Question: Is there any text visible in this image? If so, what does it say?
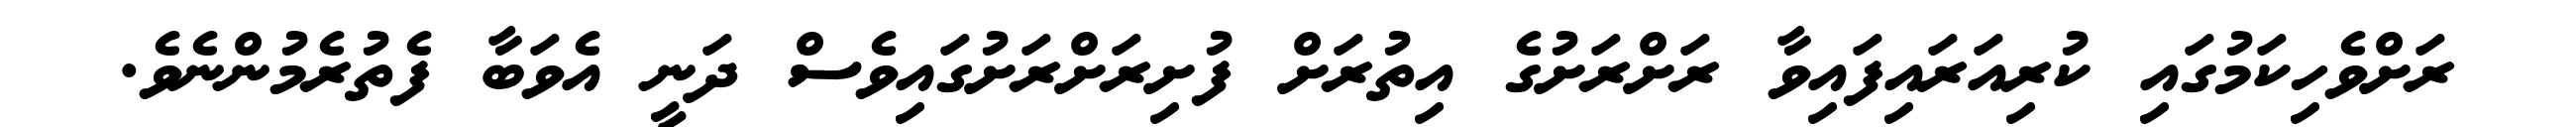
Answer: ރަށްވެހިކަމުގައި ކުރިއަރައިފައިވާ ރަށްރަށުގެ އިތުރަށް ފުށިރަށްރަށުގައިވެސް ދަނީ އެވަބާ ފެތުރެމުންނެވެ.